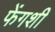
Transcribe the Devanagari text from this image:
फेंगशी